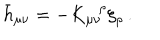
\bar { h } _ { \mu \nu } = - K _ { \mu \nu } ^ { \ \ \, \rho } \xi _ { \rho } \, .